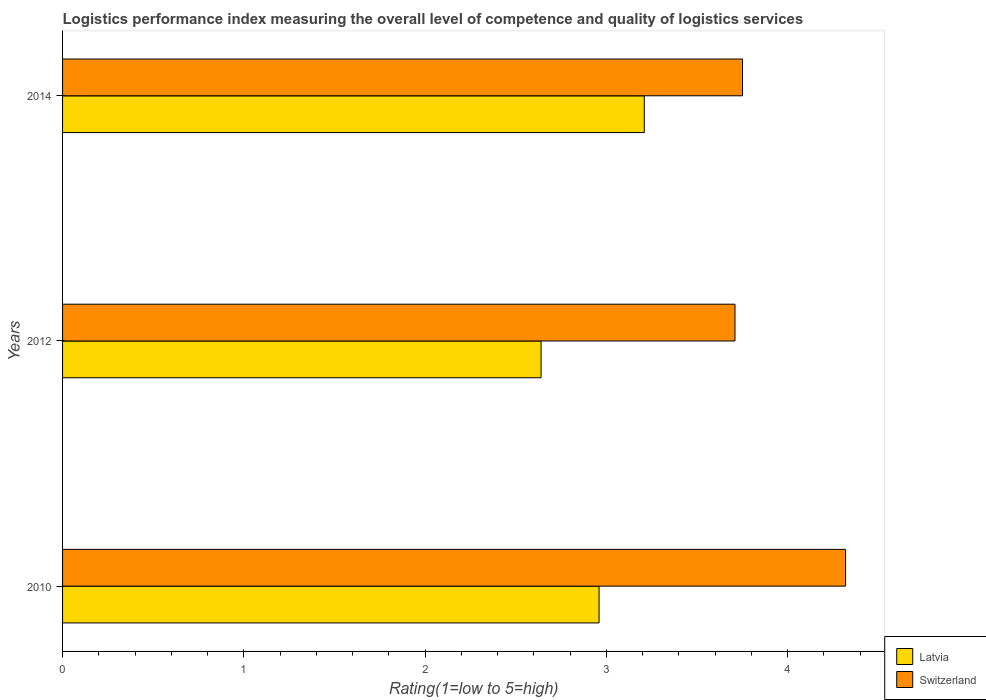
| Years | Latvia | Switzerland |
 | --- | --- | --- |
 | 2010 | 2.96 | 4.32 |
 | 2012 | 2.64 | 3.71 |
 | 2014 | 3.21 | 3.75 |